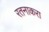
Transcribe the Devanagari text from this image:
रतनाकरा